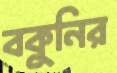
বকুনির